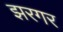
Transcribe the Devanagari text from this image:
झरगर